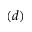
( d )